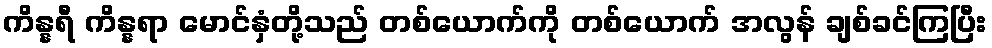
ကိန္နရီ ကိန္နရာ မောင်နှံတို့သည် တစ်ယောက်ကို တစ်ယောက် အလွန် ချစ်ခင်ကြပြီး